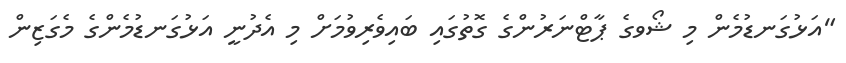
"އަޅުގަނޑުމެން މި ޝޯވގެ ޕާޓްނަރުންގެ ގޮތުގައި ބައިވެރިވުމަށް މި އެދުނީ އަޅުގަނޑުމެންގެ މެގަޒިން